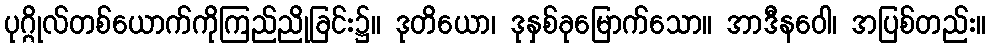
ပုဂ္ဂိုလ်တစ်ယောက်ကိုကြည်ညိုခြင်း၌။ ဒုတိယော၊ ဒုနှစ်ခုမြောက်သော။ အာဒီနဝေါ၊ အပြစ်တည်း။